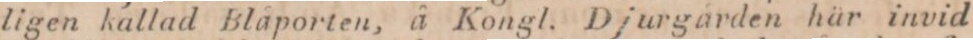
ligen kallad Blåporten, å Kongl. Djurgården här invid